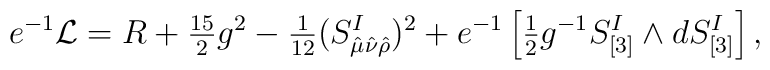
e^{-1}{\cal L}=R+{\textstyle{15\over2}}g^2-{\textstyle{1\over12}}(S_{\hat\mu\hat\nu\hat\rho}^I)^2+e^{-1}\left[{\textstyle{1\over2}}g^{-1}S_{[3]}^I\wedge dS_{[3]}^I\right],